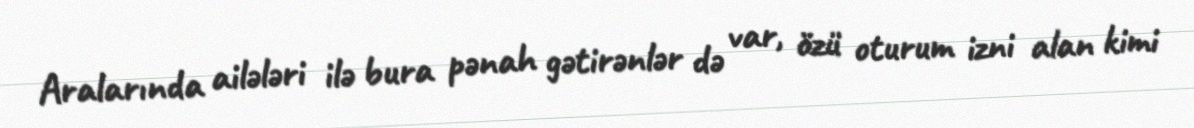
Aralarında ailələri ilə bura pənah gətirənlər də var, özü oturum izni alan kimi